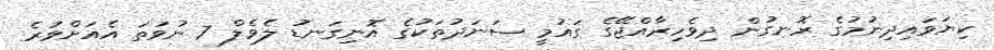
ކިޔަވައިދިނުމުގެ ރޮނގުން ދިވެހިރާއްޖޭގެ ގައުމީ ސަނަދުތަކުގެ އޮނިގަނޑު ލެވެލް 7 ނުވަތަ އެއަށްވުރެ